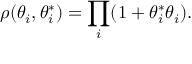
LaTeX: \rho ( \theta _ { i } , \theta _ { i } ^ { * } ) = \prod _ { i } ( 1 + \theta _ { i } ^ { * } \theta _ { i } ) .